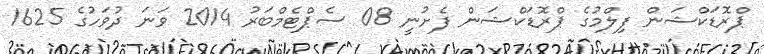
ޕްރޮޑަކްޝަން ފިލްމުގެ ޕްރޮޑަކްޝަން ފެށުނީ 08 ސެޕްޓެމްބަރު 2014 ވަނަ ދުވަހުގެ 1625